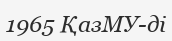
1965 ҚазМУ-ді